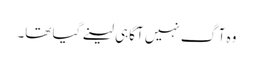
وہ آگ نہیں آگاہی لینے گیا تھا۔